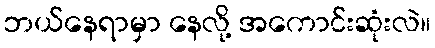
ဘယ်နေရာမှာ နေလို့ အကောင်းဆုံးလဲ။